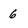
Character: 6